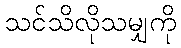
သင်သိလိုသမျှကို